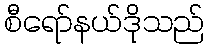
စီရော်နယ်ဒိုသည်